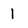
Character: 1